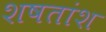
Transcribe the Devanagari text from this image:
शषतांश